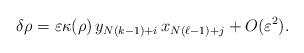
LaTeX: \begin{align*}\delta\rho=\varepsilon\kappa(\rho)\,{y_{N(k-1)+i}\,x_{N(\ell-1)+j}}+O(\varepsilon^2).\end{align*}